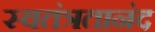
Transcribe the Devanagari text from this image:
स्वतंत्रतानंद